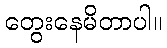
တွေးနေမိတာပါ။